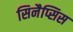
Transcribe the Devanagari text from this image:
सिनैप्सिस